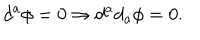
d ^ { a } \phi = 0 \Rightarrow d ^ { a } d _ { a } \phi = 0 .